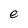
Character: e